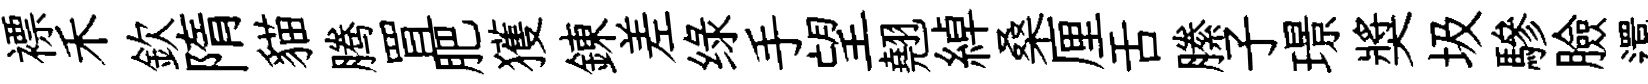
褾禾欽隋貓腾罝肥獲錬差绿手望翹綽桑厘舌縢子璟奬圾驂臉還